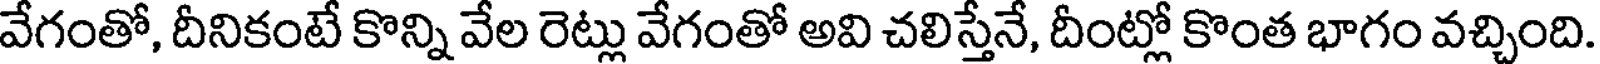
వేగంతో, దీనికంటే కొన్ని వేల రెట్లు వేగంతో అవి చలిస్తేనే, దీంట్లో కొంత భాగం వచ్చింది